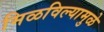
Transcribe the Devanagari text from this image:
मिळविल्यामुळे